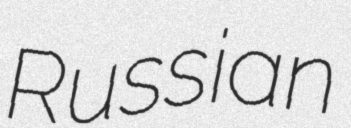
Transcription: Russian